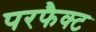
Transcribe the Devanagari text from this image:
परफैक्ट